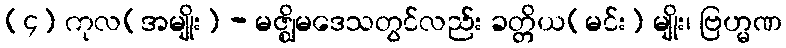
(၄) ကုလ(အမျိုး) - မဇ္ဈိမဒေသတွင်လည်း ခတ္တိယ(မင်း) မျိုး၊ ဗြဟ္မဏ